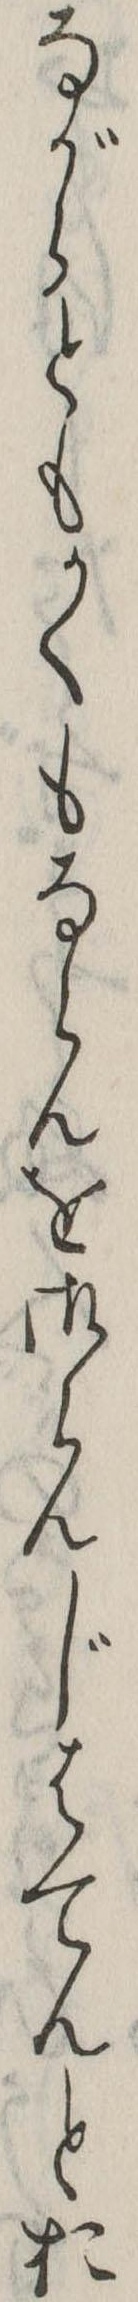
ながらともかくもならんを御らんじはてんとお